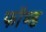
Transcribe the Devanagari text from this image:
फॉण्ड